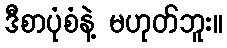
ဒီစာပုံစံနဲ့ မဟုတ်ဘူး။